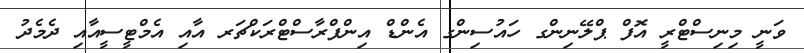
ވަނީ މިނިސްޓްރީ އޮފް ޕްލޭނިންގ ހައުސިންގ އެންޑް އިންފްރާސްޓްރަކްޗަރ އާއި އެމްޓީސީއާއި ދެމެދު